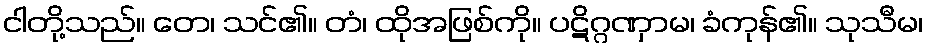
ငါတို့သည်။ တေ၊ သင်၏။ တံ၊ ထိုအဖြစ်ကို။ ပဋိဂ္ဂဏှာမ၊ ခံကုန်၏။ သုသီမ၊